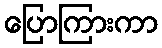
ပြောကြားကာ